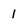
Character: 1